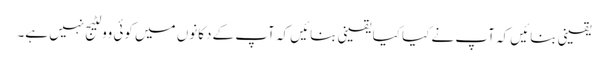
یقینی بنائیں کہ آپ نے کیا کیا یقینی بنائیں کہ آپ کے دکانوں میں کوئی وولٹیج نہیں ہے۔